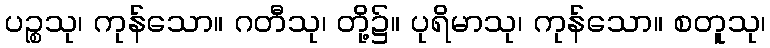
ပဉ္စသု၊ ကုန်သော။ ဂတီသု၊ တို့၌။ ပုရိမာသု၊ ကုန်သော။ စတူသု၊